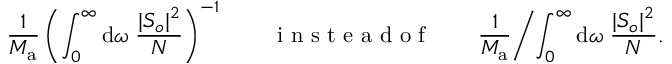
\frac { 1 } { M _ { \mathrm { a } } } \left( \int _ { 0 } ^ { \infty } \mathrm { d } \omega \; \frac { | S _ { o } | ^ { 2 } } { N } \right) ^ { - 1 } \qquad \mathrm { ~ i ~ n ~ s ~ t ~ e ~ a ~ d ~ o ~ f ~ } \qquad \frac { 1 } { M _ { \mathrm { a } } } \biggl / \int _ { 0 } ^ { \infty } \mathrm { d } \omega \; \frac { | S _ { o } | ^ { 2 } } { N } .